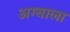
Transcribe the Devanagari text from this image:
अग्बाला